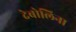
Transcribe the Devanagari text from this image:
देबोलिना